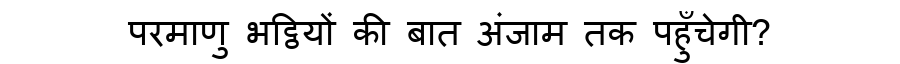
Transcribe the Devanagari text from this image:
परमाणु भट्ठियों की बात अंजाम तक पहुँचेगी?